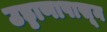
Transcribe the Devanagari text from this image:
उड्डाणापासून